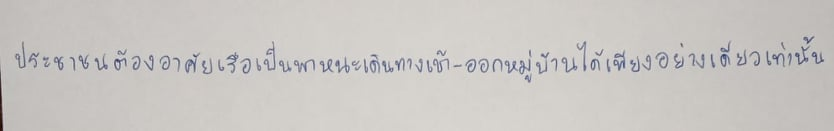
ประชาชนต้องอาศัยเรือเป็นพาหนะเดินทางเข้า-ออกหมู่บ้านได้เพียงอย่างเดียวเท่านั้น